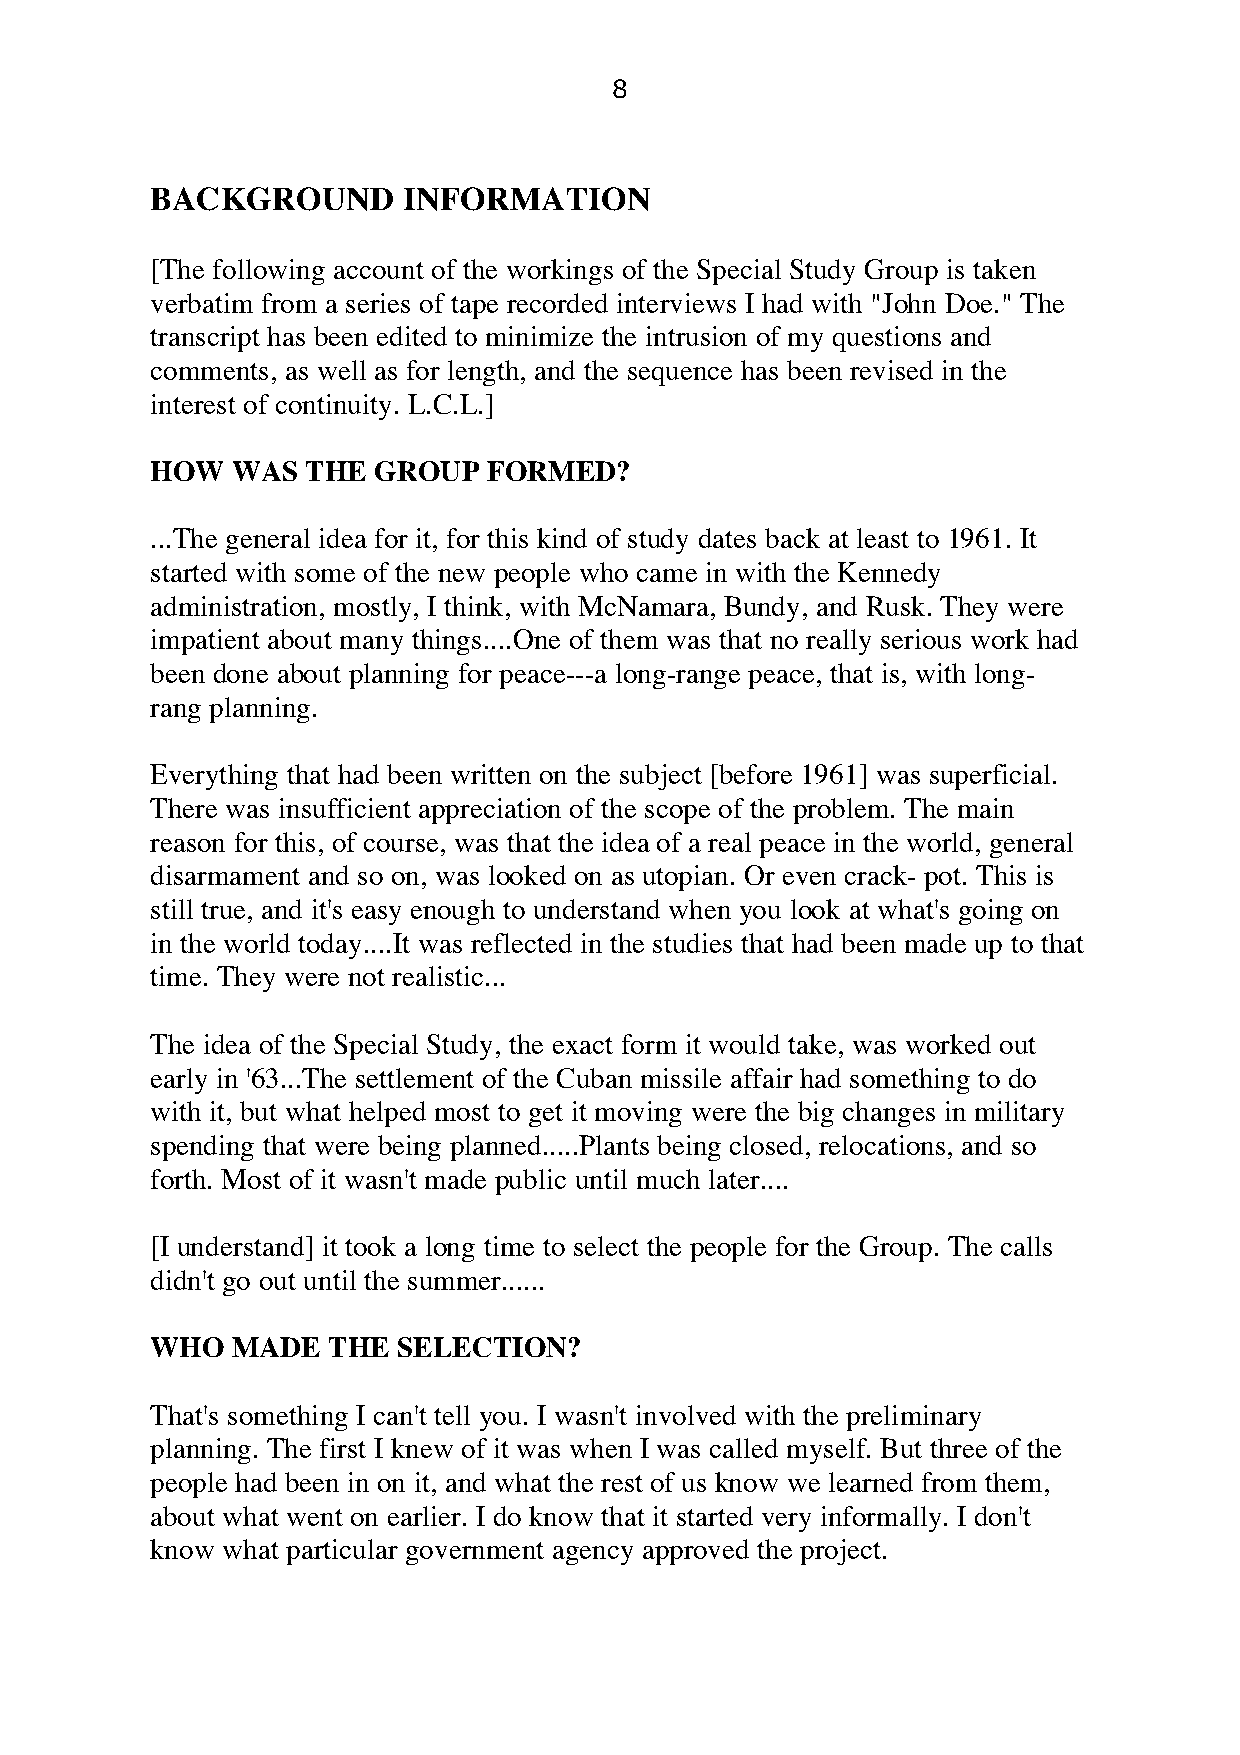
8
 BACKGROUND       INFORMATION
 [The following account of the workings of the Special Study Group is taken
 verbatim from a series of tape recorded interviews I had with "John Doe." The
 transcript has been edited to minimize the intrusion of my questions and
 comments, as well as for length, and the sequence has been revised in the
 interest of continuity. L.C.L.]
 HOW  WAS  THE  GROUP  FORMED?
 ...The general idea for it, for this kind of study dates back at least to 1961. It
 started with some of the new people who came in with the Kennedy
 administration, mostly, I think, with McNamara, Bundy, and Rusk. They were
 impatient about many things....One of them was that no really serious work had
 been done about planning for peace---a long-range peace, that is, with long-
 rang planning.
 Everything that had been written on the subject [before 1961] was superficial.
 There was insufficient appreciation of the scope of the problem. The main
 reason for this, of course, was that the idea of a real peace in the world, general
 disarmament and so on, was looked on as utopian. Or even crack- pot. This is
 still true, and it's easy enough to understand when you look at what's going on
 in the world today....It was reflected in the studies that had been made up to that
 time. They were not realistic...
 The idea of the Special Study, the exact form it would take, was worked out
 early in '63...The settlement of the Cuban missile affair had something to do
 with it, but what helped most to get it moving were the big changes in military
 spending that were being planned.....Plants being closed, relocations, and so
 forth. Most of it wasn't made public until much later....
 [I understand] it took a long time to select the people for the Group. The calls
 didn't go out until the summer......
 WHO  MADE   THE SELECTION?
 That's something I can't tell you. I wasn't involved with the preliminary
 planning. The first I knew of it was when I was called myself. But three of the
 people had been in on it, and what the rest of us know we learned from them,
 about what went on earlier. I do know that it started very informally. I don't
 know what particular government agency approved the project.